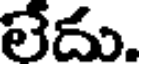
లేదు.